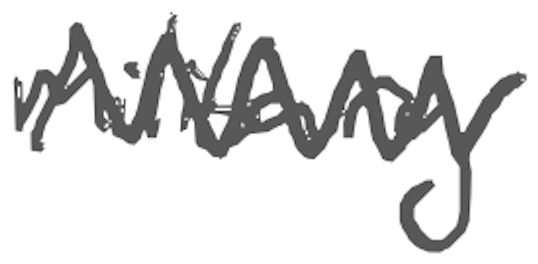
Text: military
Cross-out: zig-zag
Writing tool: digital_gray